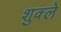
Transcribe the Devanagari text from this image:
शुक्ले